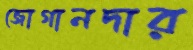
জোগানদার